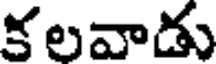
కలవాడు